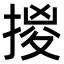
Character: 㨑